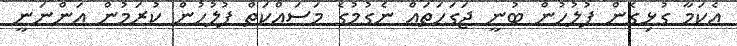
އެކަމާ ގުޅިގެން ފުލުހުން ބުނީ ޖަގަހަތައް ނެގުމުގެ މަސައްކަތް ފުލުހުން ކުރަމުން އަންނަނީ